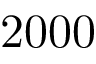
2 0 0 0